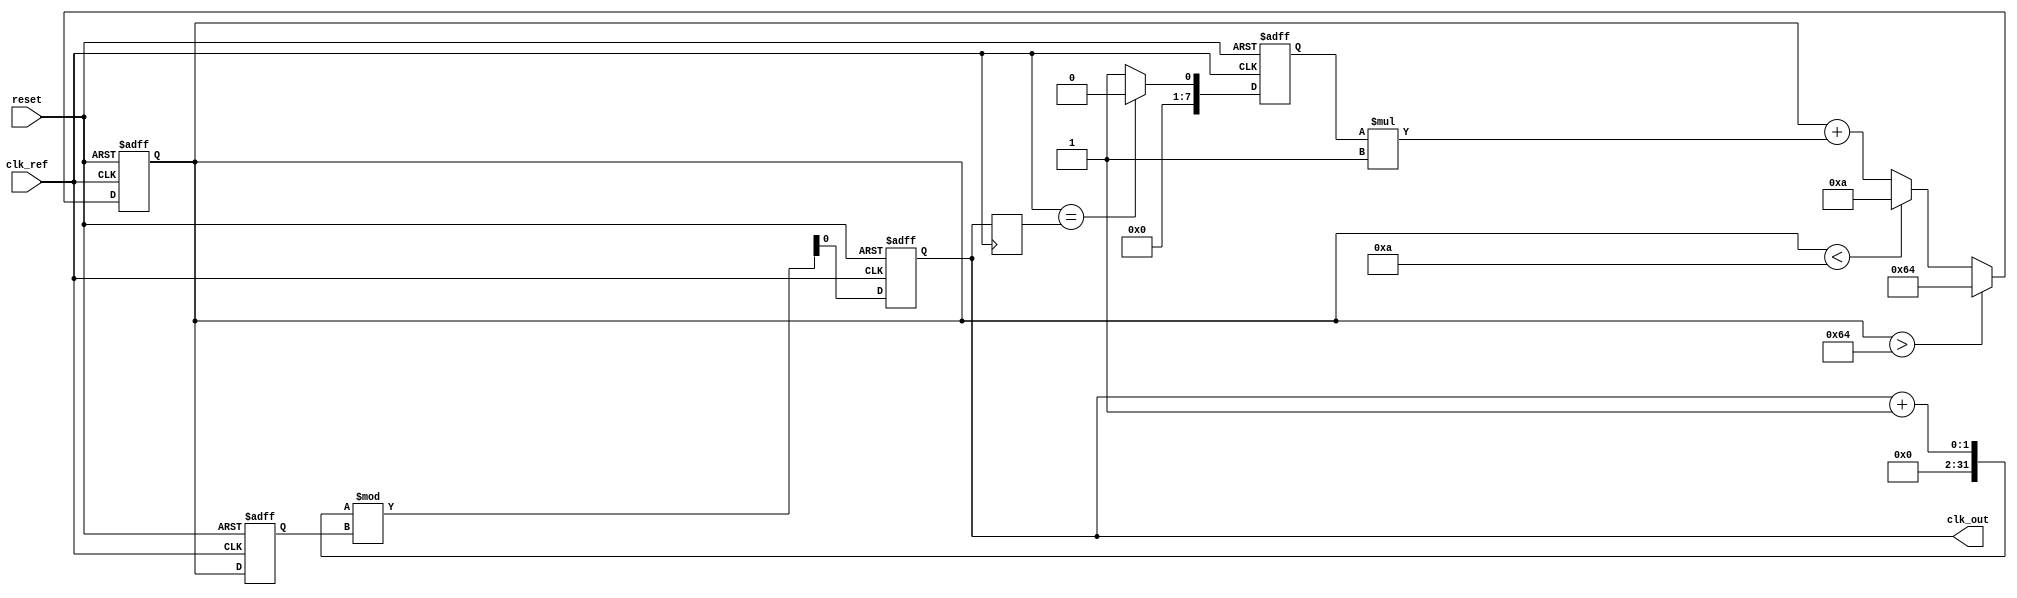
module PLL (
    input wire clk_ref,           // Reference clock input
    input wire reset,             // Reset signal
    output reg clk_out            // Output clock signal
);

// Parameters
parameter VCO_MAX_FREQ = 100;  // Maximum VCO frequency
parameter VCO_MIN_FREQ = 10;   // Minimum VCO frequency
parameter LOOP_FILTER_GAIN = 1; // Loop filter gain

// Internal signals
reg [7:0] phase_error;          // Phase error signal from PD
reg [7:0] control_voltage;       // Control voltage for VCO
reg vco_output;                  // VCO output signal
reg [7:0] vco_freq;              // Current frequency of the VCO
reg [7:0] feedback_divider;      // Feedback divider

// Phase Detector (PD)
always @(posedge clk_ref or posedge reset) begin
    if (reset) begin
        phase_error <= 0;
    end else begin
        // Simple phase error detection (for demonstration)
        if (clk_ref == vco_output) begin
            phase_error <= 0; // No phase error
        end else begin
            phase_error <= 1; // Phase error detected
        end
    end
end

// Loop Filter (LF)
always @(posedge clk_ref or posedge reset) begin
    if (reset) begin
        control_voltage <= 0;
    end else begin
        // Simple first-order loop filter
        control_voltage <= control_voltage + (phase_error * LOOP_FILTER_GAIN);
        // Clamp control voltage within VCO limits
        if (control_voltage > VCO_MAX_FREQ) begin
            control_voltage <= VCO_MAX_FREQ;
        end else if (control_voltage < VCO_MIN_FREQ) begin
            control_voltage <= VCO_MIN_FREQ;
        end
    end
end

// Voltage-Controlled Oscillator (VCO)
always @(posedge clk_ref or posedge reset) begin
    if (reset) begin
        vco_freq <= VCO_MIN_FREQ; // Start at minimum frequency
        clk_out <= 0;
    end else begin
        // Update VCO frequency based on control voltage
        vco_freq <= control_voltage;
        // Generate output clock based on VCO frequency
        clk_out <= (clk_out + 1) % vco_freq; // Simple frequency divider for output clock
    end
end

// Feedback Path
always @(posedge clk_ref) begin
    // Simple feedback divider (for demonstration)
    feedback_divider <= vco_freq / 2; // Example feedback division
    vco_output <= clk_out; // Feedback to phase detector
end

endmodule